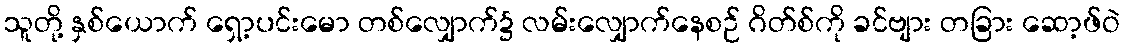
သူတို့ နှစ်ယောက် ရှော့ပင်းမော တစ်လျှောက်၌ လမ်းလျှောက်နေစဉ် ဂိတ်စ်ကို ခင်ဗျား တခြား ဆော့ဖ်ဝဲ